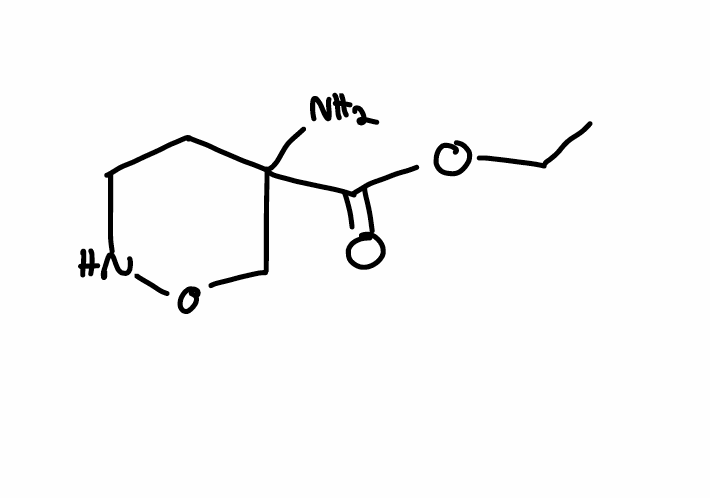
Simplified molecular-input line-entry system (SMILES) notation of the given molecule:
CCOC(=O)C1(CCNOC1)N